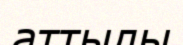
аттылы